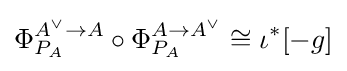
\Phi _{P_{A}}^{A^{\vee }\to A}\circ \Phi _{P_{A}}^{A\to A^{\vee }}\cong \iota ^{*}[-g]